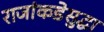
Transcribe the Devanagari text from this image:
राजांकडेसुद्धा